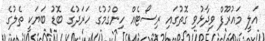
އަލީ މައުރޫފް ވިދާޅުވި ގޮތުގައި ރިސޯޓެއް ހިންގުމުގެ ހަރަދުގެ ބޮޑު ބަޔަކީ ތެލުގެ